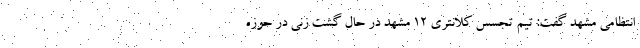
انتظامی مشهد گفت: تیم تجسس کلانتری ۱۲ مشهد در حال گشت زنی در حوزه